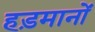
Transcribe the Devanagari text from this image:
हड़मानों